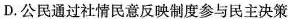
D.公民通过社情民意反映制度参与民主决策